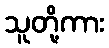
သူတို့ကား